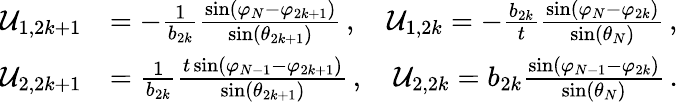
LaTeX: \begin{array}{rl}{\mathcal{U}_{1,2k+1}}&{=-\frac{1}{b_{2k}}\frac{\sin(\varphi_{N}-\varphi_{2k+1})}{\sin(\theta_{2k+1})}\, ,\quad\mathcal{U}_{1,2k}=-\frac{b_{2k}}{t}\frac{\sin(\varphi_{N}-\varphi_{2k})}{\sin(\theta_{N})}\, ,}\\ {\mathcal{U}_{2,2k+1}}&{=\frac{1}{b_{2k}}\frac{t\sin(\varphi_{N-1}-\varphi_{2k+1})}{\sin(\theta_{2k+1})}\, ,\quad\mathcal{U}_{2,2k}=b_{2k}\frac{\sin(\varphi_{N-1}-\varphi_{2k})}{\sin(\theta_{N})}\, .}\end{array}